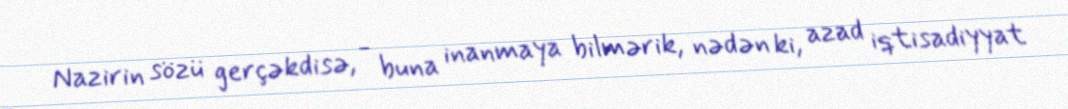
Nazirin sözü gerçəkdisə, - buna inanmaya bilmərik, nədən ki, azad iqtisadiyyat